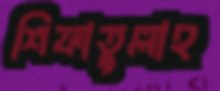
শিফাতুল্লাহ